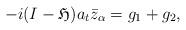
LaTeX: \begin{align*}-i(I-\mathfrak{H})a_t\bar{z}_{\alpha}=g_1+g_2,\end{align*}